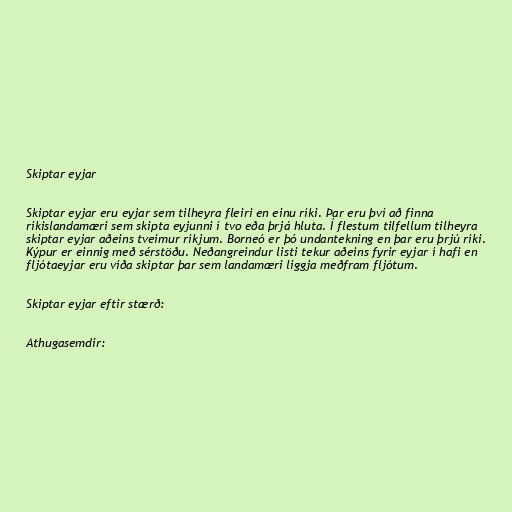
Skiptar eyjar

Skiptar eyjar eru eyjar sem tilheyra fleiri en einu ríki. Þar eru því að finna
ríkislandamæri sem skipta eyjunni í tvo eða þrjá hluta. Í flestum tilfellum tilheyra
skiptar eyjar aðeins tveimur ríkjum. Borneó er þó undantekning en þar eru þrjú ríki.
Kýpur er einnig með sérstöðu. Neðangreindur listi tekur aðeins fyrir eyjar í hafi en
fljótaeyjar eru víða skiptar þar sem landamæri liggja meðfram fljótum.

Skiptar eyjar eftir stærð:

Athugasemdir: